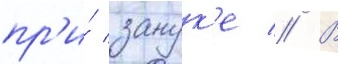
пр'и́ занук'е // В